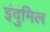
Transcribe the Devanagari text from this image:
इंदुमिल